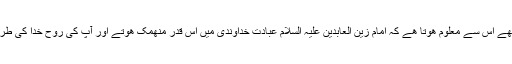
اس کے بعد خاموش ھو گیا اور رات کا سارا واقعہ آپ کو بتایا گیا آپ اس وقت عبادت کر رھے تھے اس سے معلوم ھوتا ھے کہ امام زین العابدین علیہ السلام عبادت خداوندی میں اس قدر منھمک ھوتے اور آپ کی روح خدا کی طرف اس طرح پرواز کرتی تھی کہ عبادت کے وقت آپ کے کانوں پر کوئی بھی آواز نہ پڑتی تھی۔